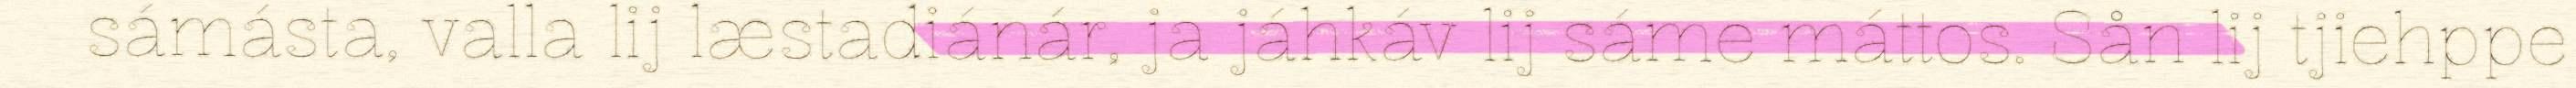
sámásta, valla lij læstadiánár, ja jáhkáv lij sáme máttos. Sån lij tjiehppe